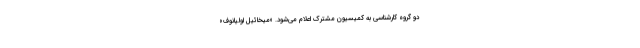
دو گروه کارشناسی به کمیسیون مشترک اعلام می‌شود. «میخائیل اولیانوف»